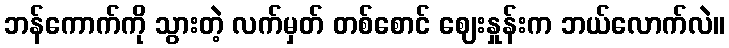
ဘန်ကောက်ကို သွားတဲ့ လက်မှတ် တစ်စောင် ဈေးနှုန်းက ဘယ်လောက်လဲ။